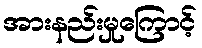
အားနည်းမှုကြောင့်